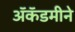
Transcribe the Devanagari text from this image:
ॲकॅडमीने